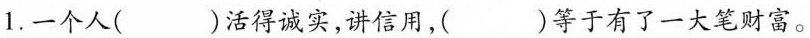
1.一个人()活得诚实，讲信用，()等于有了一大笔财富。